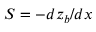
S = - d z _ { b } / d x